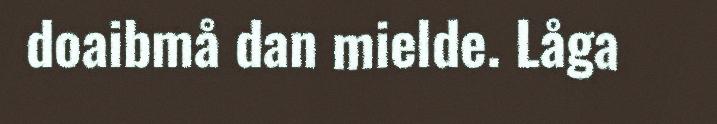
doaibmå dan mielde. Låga